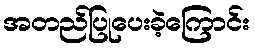
အတည်ပြုပေးခဲ့ကြောင်း